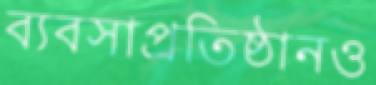
ব্যবসাপ্রতিষ্ঠানও